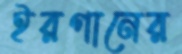
ইরগানের